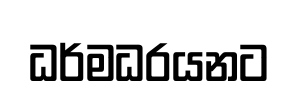
ධර්මධරයනට